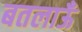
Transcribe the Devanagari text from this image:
बतलाऊँ